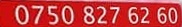
0750 827 62 60